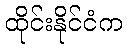
ထိုင်းနိုင်ငံက